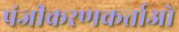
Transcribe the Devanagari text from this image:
पंजीकरणकर्ताओं